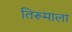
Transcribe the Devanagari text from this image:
तिरूमाला